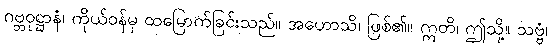
ဂဗ္ဘဝုဋ္ဌာနံ၊ ကိုယ်ဝန်မှ ထမြောက်ခြင်းသည်။ အဟောသိ၊ ဖြစ်၏။ ဣတိ၊ ဤသို့။ သဗ္ဗံ၊